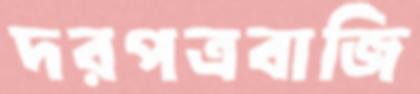
দরপত্রবাজি